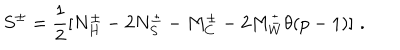
LaTeX: S ^ { \pm } = \frac { 1 } { 2 } [ N _ { H } ^ { \pm } - 2 N _ { S } ^ { \pm } - M _ { C } ^ { \pm } - 2 M _ { W } ^ { \pm } \theta ( p - 1 ) ] \, \, .